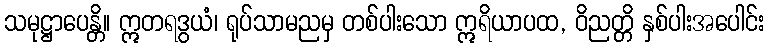
သမုဋ္ဌာပေန္တိ။ ဣတရဒွယံ၊ ရုပ်သာမညမှ တစ်ပါးသော ဣရိယာပထ, ဝိညတ္တိ နှစ်ပါးအပေါင်း